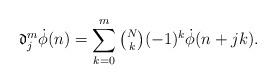
LaTeX: \begin{align*}\mathfrak{d}_j^m\dot{\phi}(n)=\sum_{k=0}^m\tbinom{N}{k}(-1)^k\dot{\phi}(n+jk).\end{align*}